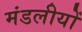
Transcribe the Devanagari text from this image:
मंडलीयों